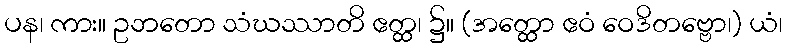
ပန၊ ကား။ ဥဘတော သံဃဿာတိ ဧတ္ထ၊ ၌။ (အတ္ထော ဧဝံ ဝေဒိတဗ္ဗော၊) ယံ၊